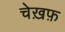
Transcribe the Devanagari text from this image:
चेख़फ़